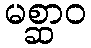
မစ္ဆာဝ